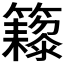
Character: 𬖁